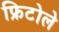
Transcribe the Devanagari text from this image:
फ्रिटोले